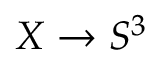
X \to S ^ { 3 }